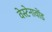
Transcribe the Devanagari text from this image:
वेस्टेनावोंड